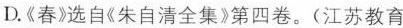
D.《春》选自《朱自清全集》第四卷。(江苏教育